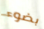
بضوء